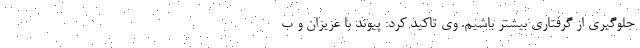
جلوگیری از گرفتاری بیشتر باشیم. وی تاکید کرد: پیوند با عزیزان و ب